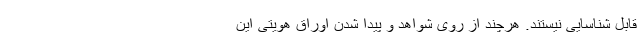
قابل شناسایی نیستند. هرچند از روی شواهد و پیدا شدن اوراق هویتی این